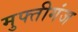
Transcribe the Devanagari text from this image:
मुफ्तीगंज